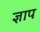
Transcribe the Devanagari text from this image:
ज्ञाप